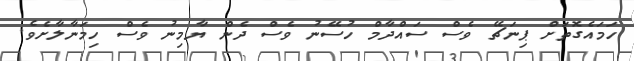
ހަމައެގޮތަށް ޕިނަޗޭ ވެސް ސައްދާމް ހުސޭނު ވެސް ދެން ޔާމިނު ވެސް ހިމަނާލާށެވެ.